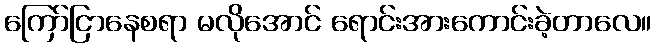
ကြော်ငြာနေစရာ မလိုအောင် ရောင်းအားကောင်းခဲ့တာလေ။